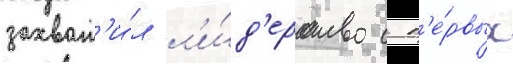
захват'и́л л'и́д'ерство с п'е́рвых